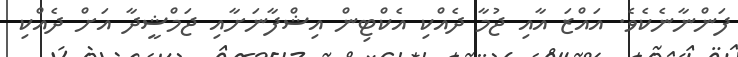
ފަންނާނެކެވެ. އައްޒަ އާއި ޖުމާ ދެއްކި އެކްޓިން އިޝްފާނަށާއި ޖަމްޝީދާ އަށް ދެއްކި